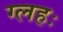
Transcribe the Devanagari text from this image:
ग्लहः